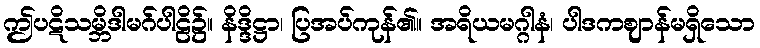
ဤပဋိသမ္ဘိဒါမဂ်ပါဠိ၌။ နိဒ္ဒိဋ္ဌာ၊ ပြအပ်ကုန်၏။ အရိယမဂ္ဂါနံ၊ ပါဒကဈာန်မရှိသော